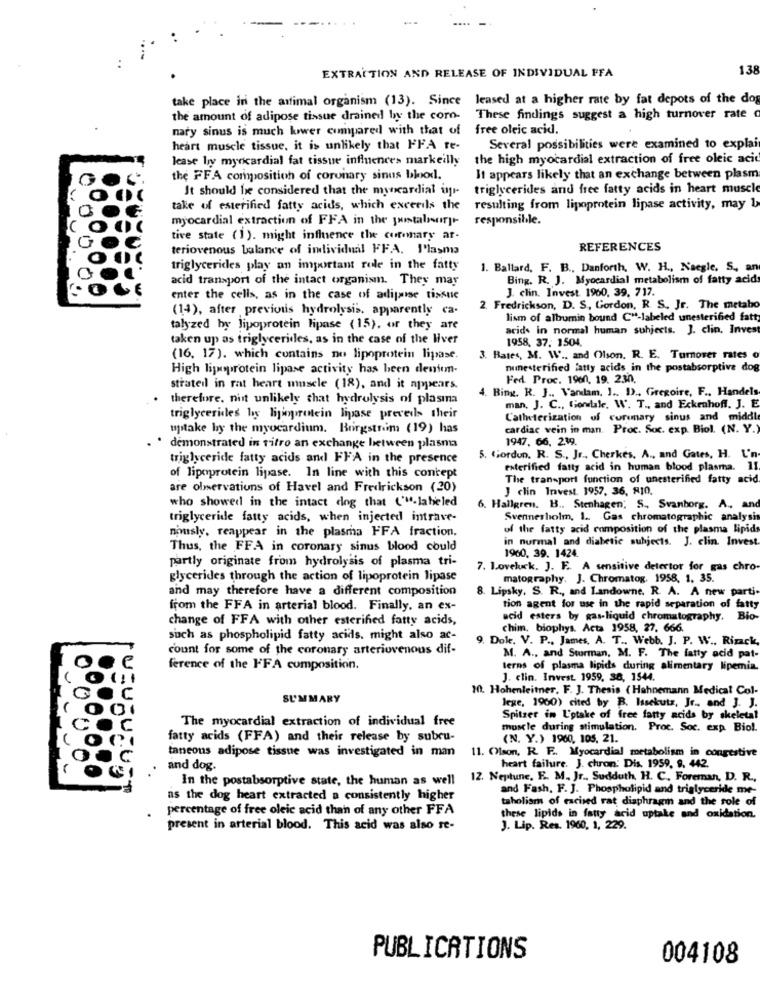
EXTRACTION AND RELEASE OF INDIVIDUAL FFA
138
take place in the animal organism (13). Since leased at a higher rate by fat depots of the dog
the amount of adipose tissue drained by the coro-
These findings suggest a high turnover rate
nary sinus is much lower compared with that of
free oleic acid.
heart muscle tissue, it is unlikely that FFA te-
Several possibilities were examined to explain
lease ly myocardial fat tissue influences markeilly
the high myocardial extraction of free oleic acid
the FFA composition of coronary sinus blod.
It appears likely that an exchange between plasm
It should be considered that the myocardial ipr-
triglycerides and free fatty acids in heart muscle
take of esterified fatty acids, which excerils the
resulting from lipoprotein lipase activity, may 1
myocardial extraction of FFA in the pastaliserjr
responsible.
tive state (1). might influence the coronary ar-
teriovenous balance of individual FF.A. Plasma
REFERENCES
triglycerides play an important role in the fatty
1. Ballard, F. B ., Danforth, W. H ., Naegle. S. an
acid transport of the intact organism. They may
Bing. R. J. Myocardial metabolism of fatty acid
J. clin. Invest. 1960, 39, 717.
enter the cells, as in the case of adipaise tissue
(14), after previous hydrolysis. apparently ca.
2. Fredrickson, D. S, Gordon, R. S. Jr. The metabo
lism of albumin bound C"-labeled unesterified fatty
talyzed by lipoprotein lipase (15). or they are
acid. in normal human subjects. J. clin. Invest
taken up as triglycerides, as in the case of the liver
1958, 37: 1504.
(16, 17). which contains no lipoprotein lipase.
3. Bates, M. W .. and Olson. R. E. Turnover rates o
High lipoprotein lipase activity has been dentemn.
numesterified fatty acids in the postabsorptive dog
Fed. Proc. 1960, 19. 230.
strated in rat heart muscle (18), and it appears.
4. Bing. R. J ., Vandam. 1 .. D) ., Gregoire, F .. Handels
therefore, nist unlikely that hydrolysis of plasma
man, J. C ., fiondale. W. T ., and Eckenhoff. J. E
triglycerides by hijoprotein lipase preveds their
Catheterization of coronary sinus and middle
uptake by the myocardium. Burgstrom (19) has
cardiac vein in man. Proc. Soc. exp. Biol. (N. Y.
1947, 66, 239.
demonstrated in vitro an exchange between plasma
triglyceride fatty acids and FFA in the presence
5. Gordun. R. S ., Jr ., Cherkes. A ., and Gates, H. L'n
esterified fatty acid in human blood plasma. 11
of lipoprotein lipase. In line with this concept
The transport function of unesterified fatty acid
are observations of Havel and Fredrickson (20)
J clin Invest. 1957, 36, RI0.
who showed in the intact dog that ('"-labeled
6. Hallgren. B .. Stenhagen, S ., Svanborg. A ., and
triglyceride fatty acids, when injected intrave-
Svennerholm, 1 .. Gas chromatographic analysis
nously, reappear in the plasma FFA fraction.
of the fatty acid composition of the plasma lipid
in normal and diabetic subjects. J. clin. Invest.
Thus, the FFA in coronary sinus blood could
partly originate from hydrolysis of plasma tri-
1960, 39. 1424.
7. loveluck. J. F. A sensitive detertor for gas chro-
glycerides through the action of lipoprotein lipase
matography. J. Chromatog, 1958, 1, 35.
and may therefore have a different composition
8. Lipsky, S. R ., and Landowne. R. A. A new parti
from the FFA in arterial blood. Finally, an ex-
tion agent for use in the rapid separation of fatty
change of FFA with other esterified fatty acids,
acid esters by gas-liquid chromatography. Bio-
chim. biophys. Acta 1958, 27. 666.
such as phospholipid fatty acids. might also ac-
9. Dole. V. P ., James, A. T ., Webb. J. P. W .. Rizack,
count for some of the coronary arteriovenous dif-
M. A ., and Strman, M. F. The fatty acid pat-
ference of the FFA composition.
terns of plasma lipids during alimentary lipemia.
J. clin. Invest 1959, 38, 1544.
10. Hohenleitner, F. J. Thesis ( Hahnemann Medical Col-
SUMMARY
lege, 1960) cited by B. Issekutz, Jr ., and J. J.
The myocardial extraction of individual free
Spitzer in L'otake of free fatty acids by skeletal
muscle during stimulation. Proc. Soc. exp Biol.
fatty acids (FFA) and their release by subru-
(N. Y.) 1960, 105, 21.
taneous adipose tissue was investigated in man
11. Olson, R. F .. Myocardial metabolism in congestive
and dog.
heart failure. J. chron: Dis. 1959. 9. 442.
In the postabsorptive state, the human as well
12. Neptune, E. M ., Jr ., Sudduth, H. C. Foreman, D. R .,
and Fash, F. J. Phospholipid and triglyceride me-
as the dog heart extracted a consistently higher
taholism of excised rat diaphragm and the role of
percentage of free oleic acid than of any other FFA
these lipids in fatty acid uptake and oxidation.
present in arterial blood. This acid was also re-
J. Lip. Res. 1960, 1, 229.
PUBLICATIONS
004108